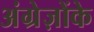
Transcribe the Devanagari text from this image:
अंग्रेज़ोंके